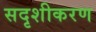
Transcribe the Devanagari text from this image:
सदृशीकरण